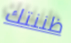
ظننتك